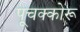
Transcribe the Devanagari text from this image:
पूचक्कोरू